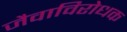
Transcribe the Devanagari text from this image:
जैवाविरोधक